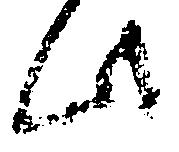
此